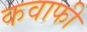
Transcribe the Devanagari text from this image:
कवाफी